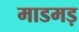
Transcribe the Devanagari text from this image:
माडमड़